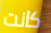
كانت